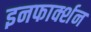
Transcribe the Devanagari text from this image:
इनफार्क्शन